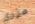
مزري